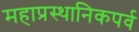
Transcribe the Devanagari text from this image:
महाप्रस्थानिकपर्व